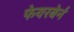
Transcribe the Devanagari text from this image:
फेयरबेर्न